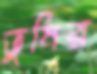
ভুষির